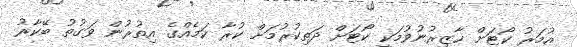
އުމަރު ކޯޓަށް ހާޒިރުނުވުމަކީ ކޯޓަށް ދަތިކުރުމަށް ކުރާ ކަމެއްގެ އިތުރުން ވަގުތު ބޭކާރު